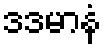
ဒဒမာနံ